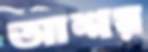
আশয়